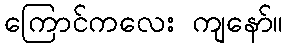
ကြောင်ကလေး ကျနော်။